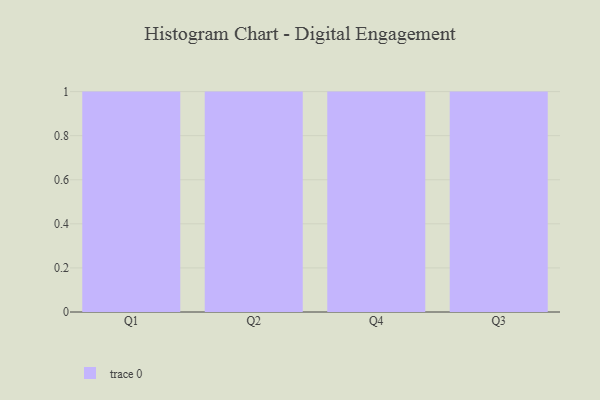
{"axis": {"x": "Quarter", "y": "Revenue (USD Million)"}, "legend": [""], "data": [{"x": "Q1", "y": 90, "type": ""}, {"x": "Q2", "y": 64, "type": ""}, {"x": "Q4", "y": 14, "type": ""}, {"x": "Q3", "y": 76, "type": ""}]}